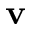
\bf { v }